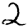
Digit: 2